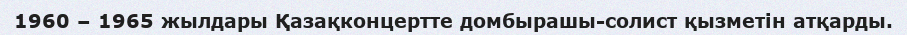
1960 – 1965 жылдары Қазақконцертте домбырашы-солист қызметін атқарды.